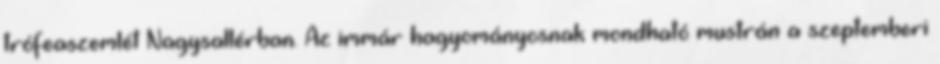
trófeaszemlét Nagysallérban. Az immár hagyományosnak mondható mustrán a szeptemberi